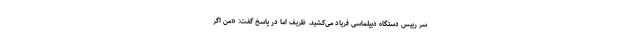
سر رییس دستگاه دیپلماسی فریاد می‌کشید. ظریف اما در پاسخ گفت: «من اگر